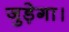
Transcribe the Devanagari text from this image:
जुड़ेगा।